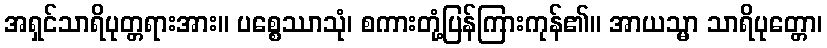
အရှင်သာရိပုတ္တရားအား။ ပစ္စေဿာသုံ၊ စကားတုံ့ပြန်ကြားကုန်၏။ အာယသ္မာ သာရိပုတ္တော၊